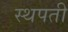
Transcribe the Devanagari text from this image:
स्थपती